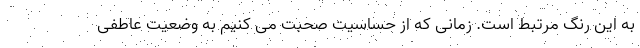
به این رنگ مرتبط است. زمانی که از حساسیت صحبت می کنیم به وضعیت عاطفی